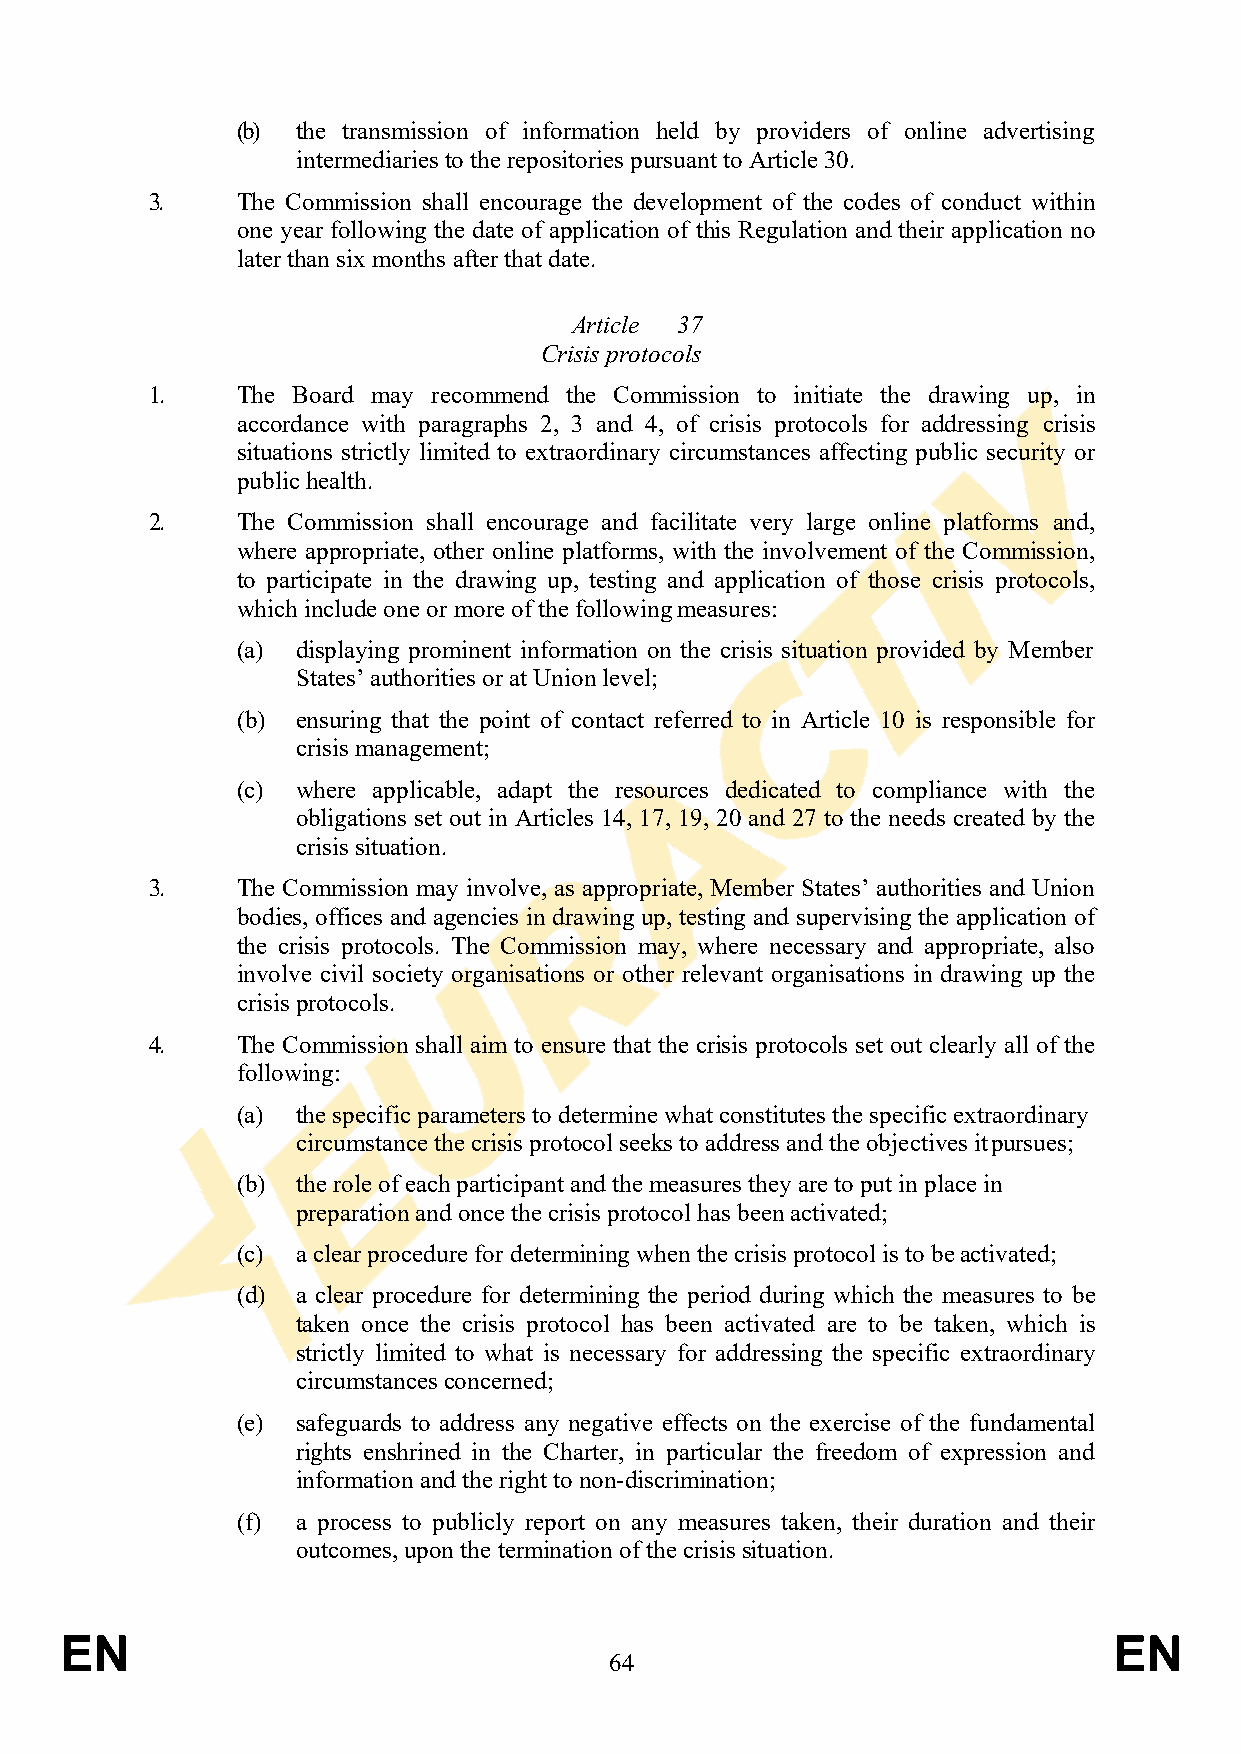
(b) the transmission of information held by providers of online advertising
 intermediaries to the repositories pursuant to Article 30.
 3.    The Commission shall encourage the development of the codes of conduct within
 one year following the date of application of this Regulation and their application no
 later than six months after that date.
 Article 37
 Crisis protocols
 1.    The Board may recommend the Commission to initiate the drawing up, in
 accordance with paragraphs 2, 3 and 4, of crisis protocols for addressing crisis
 situations strictly limited to extraordinary circumstances affecting public security or
 public health.
 2.    The Commission shall encourage and facilitate very large online platforms and,
 where appropriate, other online platforms, with the involvement of the Commission,
 to participate in the drawing up, testing and application of those crisis protocols,
 which include one or more of the following measures:
 (a) displaying prominent information on the crisis situation provided by Member
 States’ authorities or at Union level;
 (b) ensuring that the point of contact referred to in Article 10 is responsible for
 crisis management;
 (c) where applicable, adapt the resources dedicated to compliance with the
 obligations set out in Articles 14, 17, 19, 20 and 27 to the needs created by the
 crisis situation.
 3.    The Commission may involve, as appropriate, Member States’ authorities and Union
 bodies, offices and agencies in drawing up, testing and supervising the application of
 the crisis protocols. The Commission may, where necessary and appropriate, also
 involve civil society organisations or other relevant organisations in drawing up the
 crisis protocols.
 4.    The Commission shall aim to ensure that the crisis protocols set out clearly all of the
 following:
 (a) the specific parameters to determine what constitutes the specific extraordinary
 circumstance the crisis protocol seeks to address and the objectives it pursues;
 (b) the role of each participant and the measures they are to put in place in
 preparation and once the crisis protocol has been activated;
 (c) a clear procedure for determining when the crisis protocol is to be activated;
 (d) a clear procedure for determining the period during which the measures to be
 taken once the crisis protocol has been activated are to be taken, which is
 strictly limited to what is necessary for addressing the specific extraordinary
 circumstances concerned;
 (e) safeguards to address any negative effects on the exercise of the fundamental
 rights enshrined in the Charter, in particular the freedom of expression and
 information and the right to non-discrimination;
 (f) a process to publicly report on any measures taken, their duration and their
 outcomes, upon the termination of the crisis situation.
 EN                                                                    EN
 64